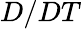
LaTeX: D/DT